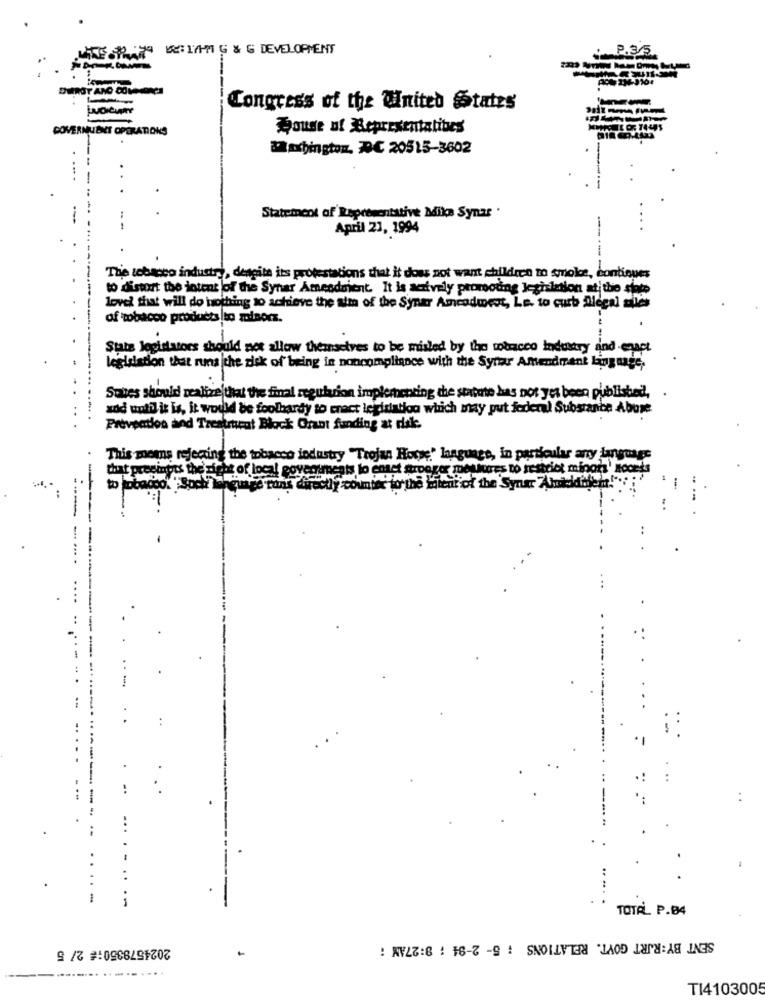
OUROT AND COME
ivacum
Congress of the United States
COVERNUENT OPERATIONS
House of Representatives
Maxhington, DC 20515-3602
Statement of Representative Mike Synas .
April 21, 1994
The tobacco industry, dengite its protestations that it does not want children to smole, continues
to distort the intent of the Synar Amendment. It is actively promoting legislation at this state
lovel that will do nothing to achieve the aim of the Syner Amcodmest, Le. to curb Alegal siles
of tobacco products to minors.
Stats logidators should not allow theansetves to be misled by the mobracco industry and -enact
legislation that runs the disk of being in noncompliance with the Synar Amendment linguage.
Sabes should realize that the final regularion implementing the statute has not yet been published !,
zod until it is, it would be foolhardy to enact legislation which may put federal Substance Abuse
Prevention and Treatrueat Block Orant funding at risk.
This means rejecting the tobacco industry "Trojan Horse" language, in particular any language
that preeingts the right of local eovertreats lo enset arooger moulures to restrict mipors' Iooeds
to Ebacco. "Soch language runs directly counter to the maient of the Syner Akikdich !...
--
--
...
..
-
TOTAL P.04
2024579350;€ 2/ 5
SENT BY:RURT GOVT. RELATIONS : 5- 2-94 ; 9:27AM :
-----.... ....
...
TI410300